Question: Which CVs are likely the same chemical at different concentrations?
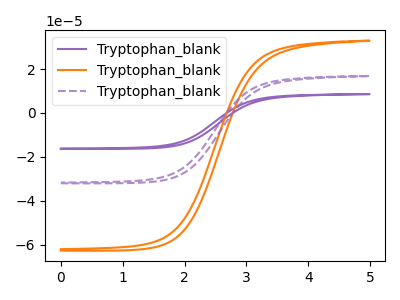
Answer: <think>The purple curve "Tryptophan_blank1" has no peaks. The orange curve "Tryptophan_blank2" has no peaks. The purple dashed curve "Tryptophan_blank3" has no peaks.
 Neither "Tryptophan_blank1" or "Tryptophan_blank2" have any peaks. Neither "Tryptophan_blank1" or "Tryptophan_blank3" have any peaks. Neither "Tryptophan_blank2" or "Tryptophan_blank3" have any peaks.</think>
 <answer>"Tryptophan_blank2", "Tryptophan_blank1" and "Tryptophan_blank3" have the same shape and are likely CV's of the same chemical.</answer>
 <eval>"Tryptophan_blank2" "Tryptophan_blank1" "Tryptophan_blank3"</eval>